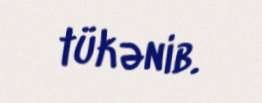
tükənib.